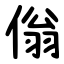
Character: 傟